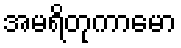
အမရိတုကာမော